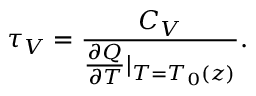
\tau _ { V } = \frac { C _ { V } } { \frac { \partial Q } { \partial T } | _ { T = T _ { 0 } ( z ) } } .